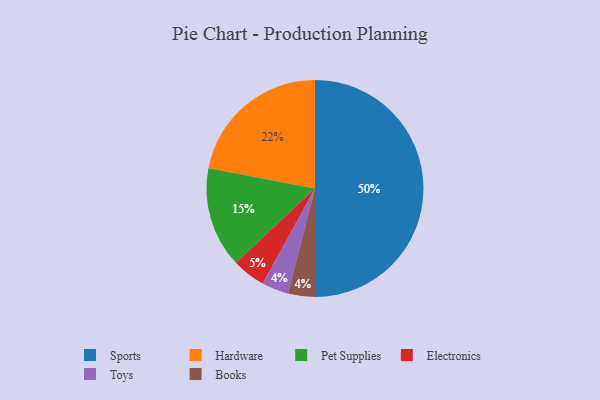
{"axis": {"x": "Category", "y": "Percentage"}, "legend": ["Books", "Electronics", "Hardware", "Pet Supplies", "Sports", "Toys"], "data": [{"x": "Pet Supplies", "y": 15, "type": "Pet Supplies"}, {"x": "Electronics", "y": 5, "type": "Electronics"}, {"x": "Sports", "y": 50, "type": "Sports"}, {"x": "Toys", "y": 4, "type": "Toys"}, {"x": "Books", "y": 4, "type": "Books"}, {"x": "Hardware", "y": 22, "type": "Hardware"}]}